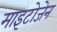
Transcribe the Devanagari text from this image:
माइटोजेन